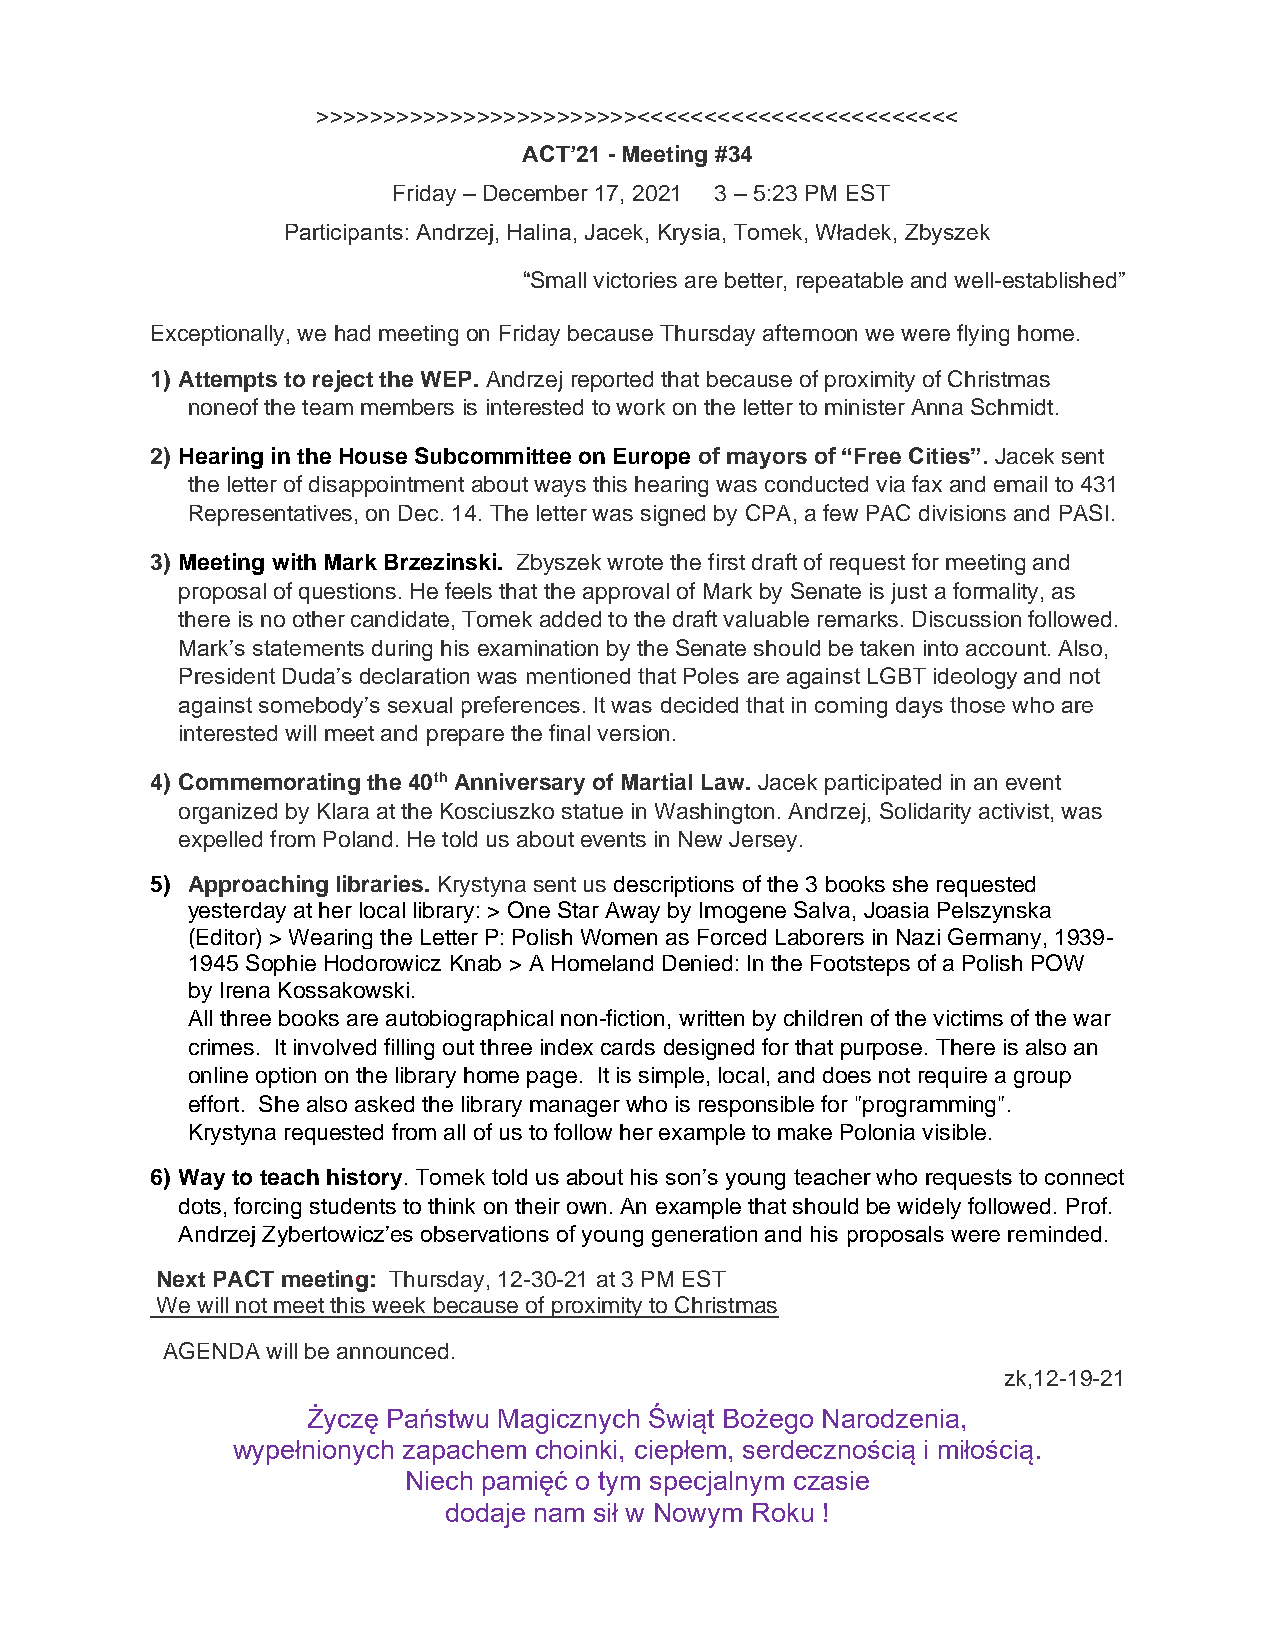
>>>>>>>>>>>>>>>>>>>>>>>><<<<<<<<<<<<<<<<<<<<<<<<
 ACT’21 - Meeting #34
 Friday – December 17, 2021 3 – 5:23 PM EST
 Participants: Andrzej, Halina, Jacek, Krysia, Tomek, Władek, Zbyszek
 “Small victories are better, repeatable and well-established”
 Exceptionally, we had meeting on Friday because Thursday afternoon we were flying home.
 1) Attempts to reject the WEP. Andrzej reported that because of proximity of Christmas
 noneof the team members is interested to work on the letter to minister Anna Schmidt.
 2) Hearing in the House Subcommittee on Europe of mayors of “Free Cities”. Jacek sent
 the letter of disappointment about ways this hearing was conducted via fax and email to 431
 Representatives, on Dec. 14. The letter was signed by CPA, a few PAC divisions and PASI.
 3) Meeting with Mark Brzezinski. Zbyszek wrote the first draft of request for meeting and
 proposal of questions. He feels that the approval of Mark by Senate is just a formality, as
 there is no other candidate, Tomek added to the draft valuable remarks. Discussion followed.
 Mark’s statements during his examination by the Senate should be taken into account. Also,
 President Duda’s declaration was mentioned that Poles are against LGBT ideology and not
 against somebody’s sexual preferences. It was decided that in coming days those who are
 interested will meet and prepare the final version.
 4) Commemorating the 40th Anniversary of Martial Law. Jacek participated in an event
 organized by Klara at the Kosciuszko statue in Washington. Andrzej, Solidarity activist, was
 expelled from Poland. He told us about events in New Jersey.
 5) Approaching libraries. Krystyna sent us descriptions of the 3 books she requested
 yesterday at her local library: > One Star Away by Imogene Salva, Joasia Pelszynska
 (Editor) > Wearing the Letter P: Polish Women as Forced Laborers in Nazi Germany, 1939-
 1945 Sophie Hodorowicz Knab > A Homeland Denied: In the Footsteps of a Polish POW
 by Irena Kossakowski.
 All three books are autobiographical non-fiction, written by children of the victims of the war
 crimes. It involved filling out three index cards designed for that purpose. There is also an
 online option on the library home page. It is simple, local, and does not require a group
 effort. She also asked the library manager who is responsible for "programming".
 Krystyna requested from all of us to follow her example to make Polonia visible.
 6) Way to teach history. Tomek told us about his son’s young teacher who requests to connect
 dots, forcing students to think on their own. An example that should be widely followed. Prof.
 Andrzej Zybertowicz’es observations of young generation and his proposals were reminded.
 Next PACT meeting: Thursday, 12-30-21 at 3 PM EST
 We will not meet this week because of proximity to Christmas
 AGENDA will be announced.
 zk,12-19-21
 Życzę Państwu Magicznych Świąt Bożego Narodzenia,
 wypełnionych zapachem choinki, ciepłem, serdecznością i miłością.
 Niech pamięć o tym specjalnym czasie
 dodaje nam sił w Nowym Roku !